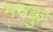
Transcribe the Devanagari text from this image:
मनकु